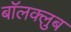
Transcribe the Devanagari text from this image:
बॉलक्लुब